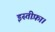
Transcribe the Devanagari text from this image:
इस्तीफ़ा।